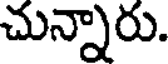
చున్నారు.